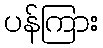
ပန်ကြား